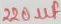
Text: 220µF